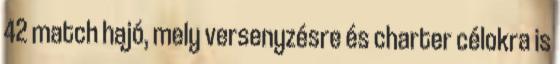
42 match hajó, mely versenyzésre és charter célokra is